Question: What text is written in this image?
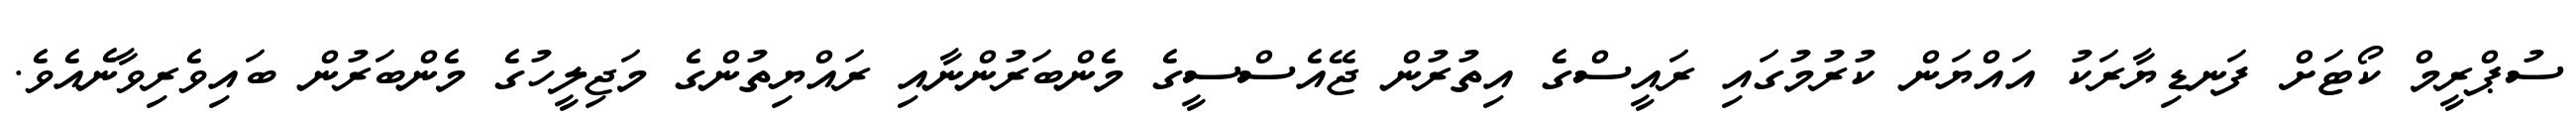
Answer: ސުޕްރީމް ކޯޓަށް ފަނޑިޔާރަކު އައްޔަން ކުރުމުގައި ރައީސްގެ އިތުރުން ޖޭއެސްސީގެ މެންބަރުންނާއި ރައްޔިތުންގެ މަޖިލީހުގެ މެންބަރުން ބައިވެރިވާނެއެވެ.